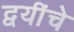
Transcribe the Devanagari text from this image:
द्वयींचे